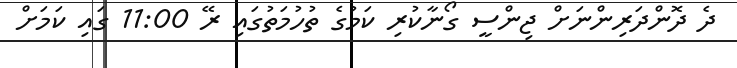
ދެ ދޮންދަރިންނަށް ޖިންސީ ގޯނާކުރި ކަމުގެ ތުހުމަތުގައި ރޭ 11:00 ގައި ކަމަށް